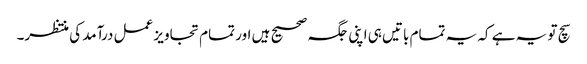
سچ تو یہ ہے کہ یہ تمام باتیں ہی اپنی جگہ صحیح ہیں اور تمام تجاویز عمل درآمد کی منتظر۔